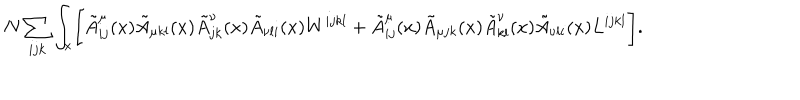
N \sum _ { i j k } \int _ { x } \Biggl [ \tilde { A } _ { i j } ^ { \mu } ( x ) \tilde { A } _ { \mu k l } ( x ) \tilde { A } _ { j k } ^ { \nu } ( x ) \tilde { A } _ { \nu l i } ( x ) W ^ { i j k l } + \tilde { A } _ { i j } ^ { \mu } ( x ) \tilde { A } _ { \mu j k } ( x ) \tilde { A } _ { k l } ^ { \nu } ( x ) \tilde { A } _ { \nu l i } ( x ) L ^ { i j k l } \Biggr ] .